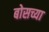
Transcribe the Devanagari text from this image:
बोसच्या